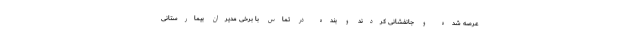
عرصه شده و جانفشانی کردند و بنده در تماس با برخی مدیران بیمارستانی